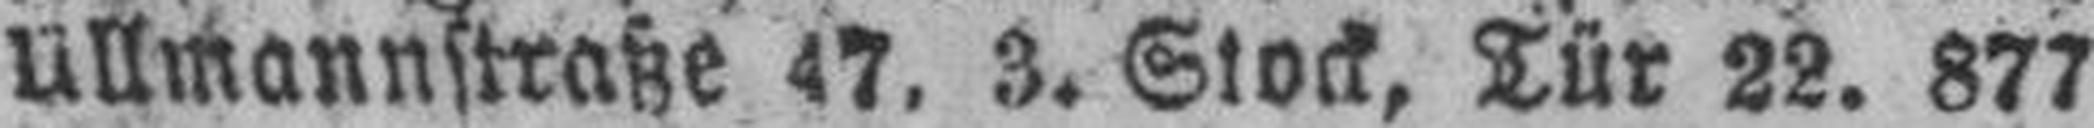
Ullmannstraße 47. 3. Stock, Tür 22. 877